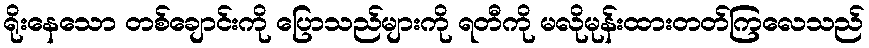
ရိုးနေသော တစ်ချောင်းကို ပြောသည်များကို ရတီကို မလိုမုန်းထားတတ်ကြလေသည်